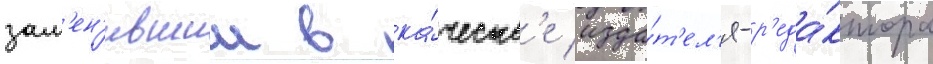
зам'ен'ившии в ка́честв'е изда́т'ел'я-р'еда́ктора